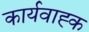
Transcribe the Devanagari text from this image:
कार्यवाह्क